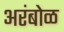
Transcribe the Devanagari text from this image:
अरंबोळ